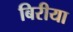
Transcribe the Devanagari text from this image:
बिरीया